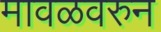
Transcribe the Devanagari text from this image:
मावळवरुन